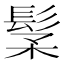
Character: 𩬽